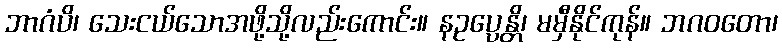
ဘာဂံပိ၊ သေးငယ်သောအဖို့သို့လည်းကောင်း။ နဥပ္ပေန္တိ၊ မမှီနိုင်ကုန်။ ဘဂဝတော၊